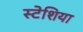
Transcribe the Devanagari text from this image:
स्टेशिया